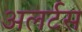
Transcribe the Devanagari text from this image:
अलर्टस